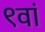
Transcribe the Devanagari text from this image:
९वां